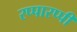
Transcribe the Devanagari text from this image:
रप्पारप्पी